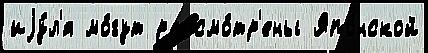
иjу́л'я мо́гут рассмо́тр'ены Япо́нской